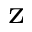
_ \textrm { z }